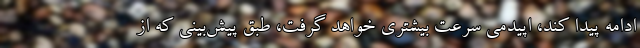
ادامه پیدا کند، اپیدمی سرعت بیشتری خواهد گرفت، طبق پیش‌بینی که از